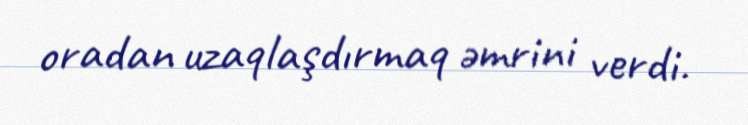
oradan uzaqlaşdırmaq əmrini verdi.